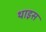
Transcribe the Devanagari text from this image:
थाइस